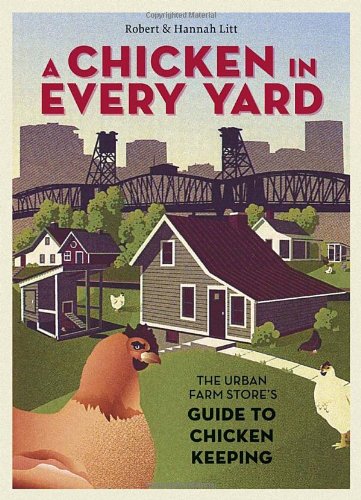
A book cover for A Chicken in Every Yard: The Urban Farm Store's Guide to Chicken Keeping; Robert Litt; Crafts, Hobbies & Home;